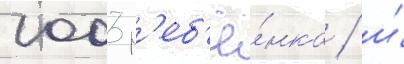
1003 р'еб'ё́нка / и́